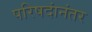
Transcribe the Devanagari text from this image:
परिषदांनंतर